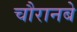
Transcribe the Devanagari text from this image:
चौरानबे